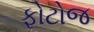
ફોટોજ